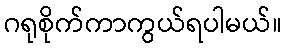
ဂရုစိုက်ကာကွယ်ရပါမယ်။